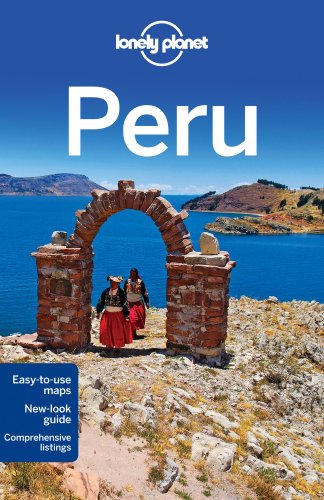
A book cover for Lonely Planet: Peru, 8th Edition; Lonely Planet; Travel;